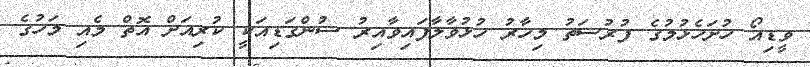
ވީޑިއޯ ހުށަހެޅުމުގެ ފުރުސަތު މިހާރު ހުޅުވާލާފައިވާއިރު ސުންގަޑިއަކީ ކުރިއަށް އޮތް މެއި މަހުގެ